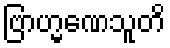
ဗြာဟ္မဏေသူတိ